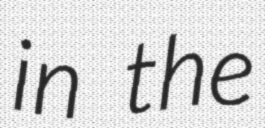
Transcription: in the